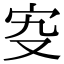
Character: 𡧌